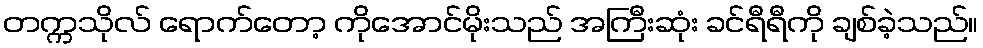
တက္ကသိုလ် ရောက်တော့ ကိုအောင်မိုးသည် အကြီးဆုံး ခင်ရီရီကို ချစ်ခဲ့သည်။